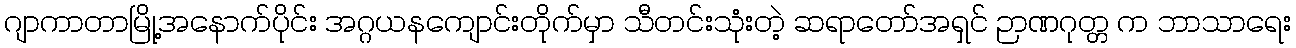
ဂျာကာတာမြို့အနောက်ပိုင်း အဂ္ဂယနကျောင်းတိုက်မှာ သီတင်းသုံးတဲ့ ဆရာတော်အရှင် ဉာဏဂုတ္တ က ဘာသာရေး